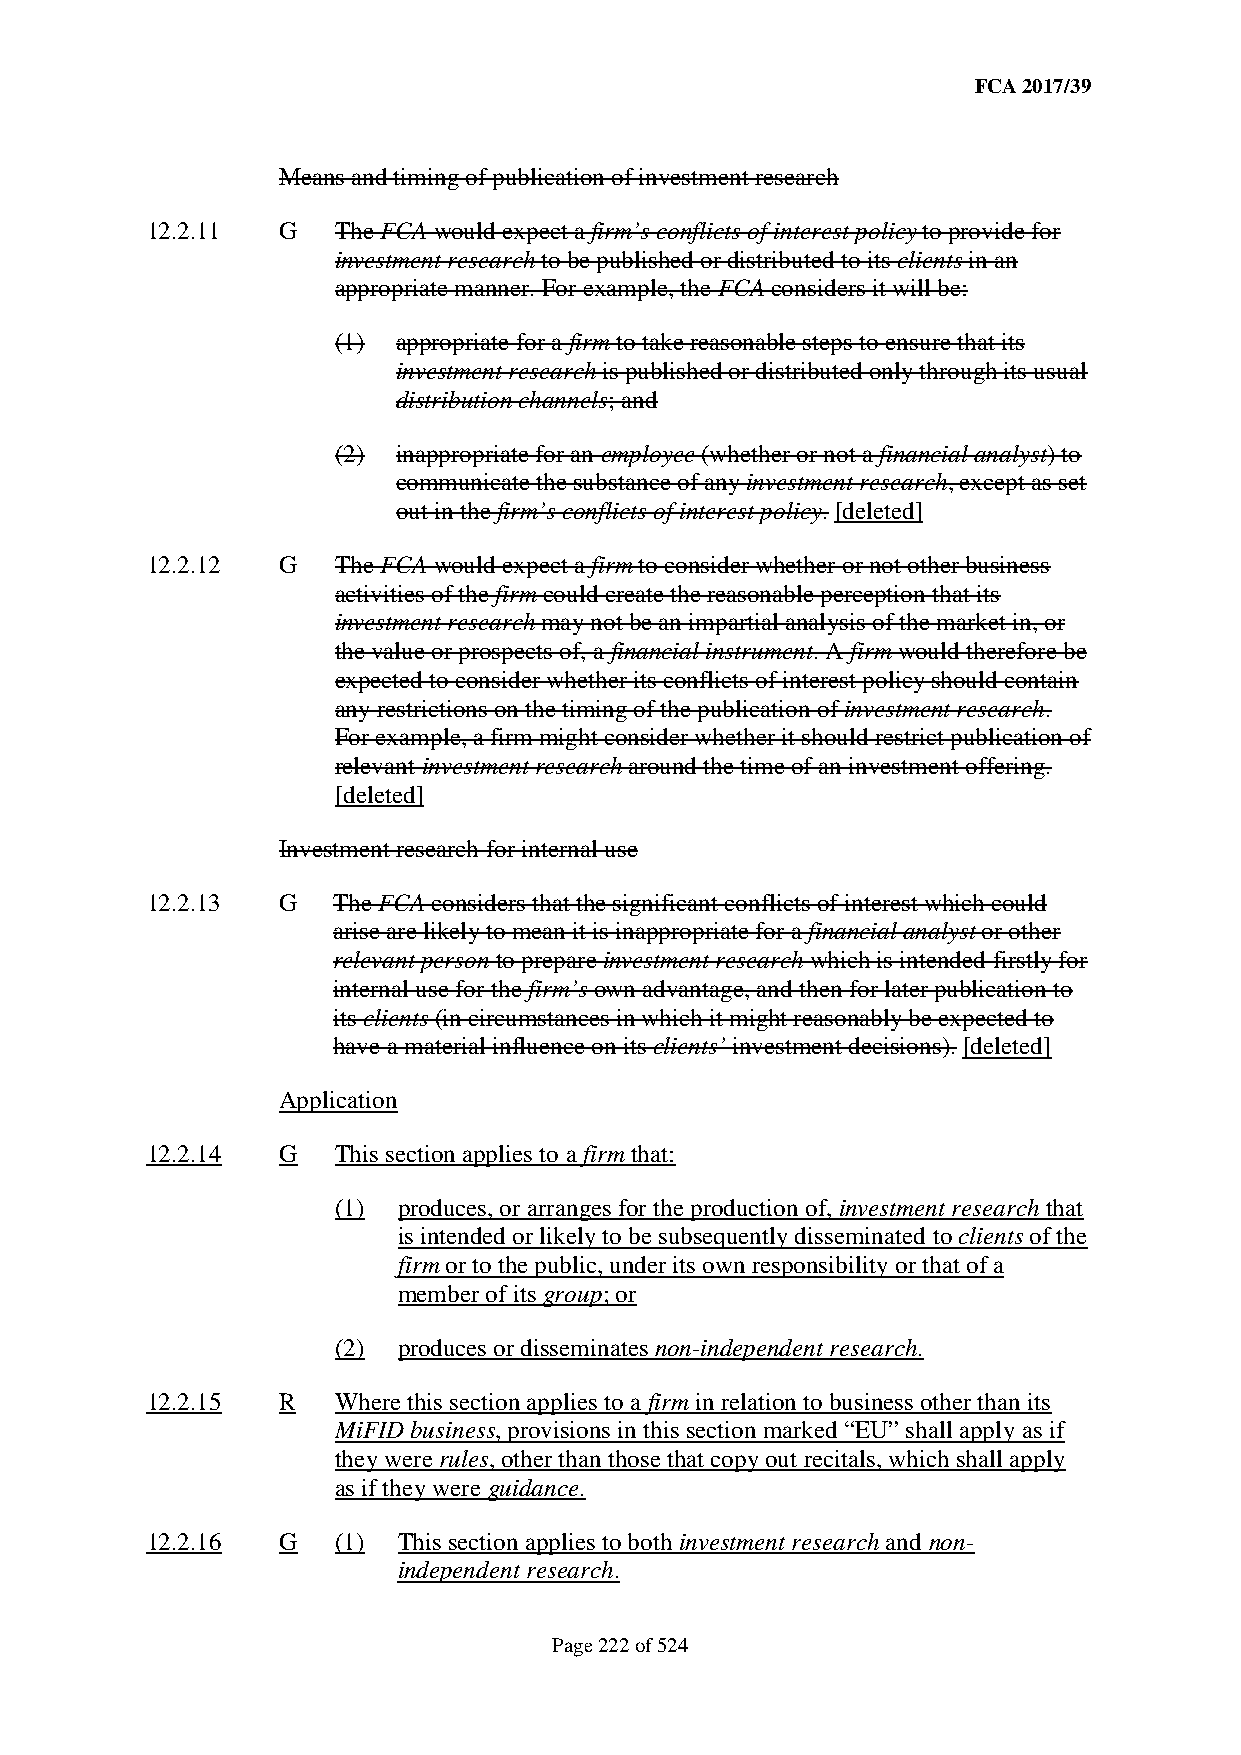
FCA 2017/39
 Means and timing of publication of investment research
 12.2.11 G   The FCA would expect a firm’s conflicts of interest policy to provide for
 investment research to be published or distributed to its clients in an
 appropriate manner. For example, the FCA considers it will be:
 (1) appropriate for a firm to take reasonable steps to ensure that its
 investment research is published or distributed only through its usual
 distribution channels; and
 (2) inappropriate for an employee (whether or not a financial analyst) to
 communicate the substance of any investment research, except as set
 out in the firm’s conflicts of interest policy. [deleted]
 12.2.12 G   The FCA would expect a firm to consider whether or not other business
 activities of the firm could create the reasonable perception that its
 investment research may not be an impartial analysis of the market in, or
 the value or prospects of, a financial instrument. A firm would therefore be
 expected to consider whether its conflicts of interest policy should contain
 any restrictions on the timing of the publication of investment research.
 For example, a firm might consider whether it should restrict publication of
 relevant investment research around the time of an investment offering.
 [deleted]
 Investment research for internal use
 12.2.13 G   The FCA considers that the significant conflicts of interest which could
 arise are likely to mean it is inappropriate for a financial analyst or other
 relevant person to prepare investment research which is intended firstly for
 internal use for the firm’s own advantage, and then for later publication to
 its clients (in circumstances in which it might reasonably be expected to
 have a material influence on its clients’ investment decisions). [deleted]
 Application
 12.2.14 G   This section applies to a firm that:
 (1) produces, or arranges for the production of, investment research that
 is intended or likely to be subsequently disseminated to clients of the
 firm or to the public, under its own responsibility or that of a
 member of its group; or
 (2) produces or disseminates non-independent research.
 12.2.15 R   Where this section applies to a firm in relation to business other than its
 MiFID business, provisions in this section marked “EU” shall apply as if
 they were rules, other than those that copy out recitals, which shall apply
 as if they were guidance.
 12.2.16 G   (1) This section applies to both investment research and non-
 independent research.
 Page 222 of 524